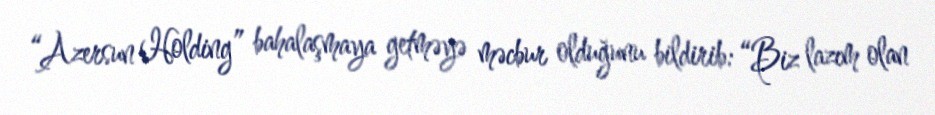
“Azersun Holding” bahalaşmaya getməyə məcbur olduğunu bildirib: “Biz lazım olan